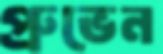
প্রুভেন